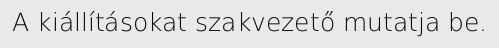
A kiállításokat szakvezető mutatja be.